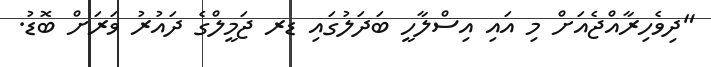
"ދިވެހިރާއްޖެއަށް މި އައި އިސްލާހީ ބަދަލުގައި ޑރ ޖަމީލްގެ ދައުރު ވަރަށް ބޮޑު.